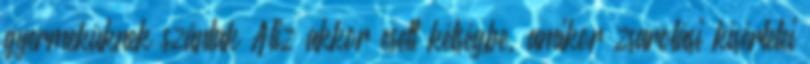
gyermeküknek szántak Aliz akkor esett kétségbe, amikor zsarolási kísérletei